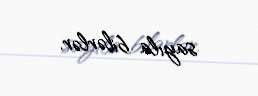
sayıla bilərlər.